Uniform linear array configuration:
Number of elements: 32
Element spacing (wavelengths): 0.75
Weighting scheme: exponential
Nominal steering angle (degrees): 0
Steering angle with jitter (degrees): -0.773
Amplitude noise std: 0.05
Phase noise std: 0.05

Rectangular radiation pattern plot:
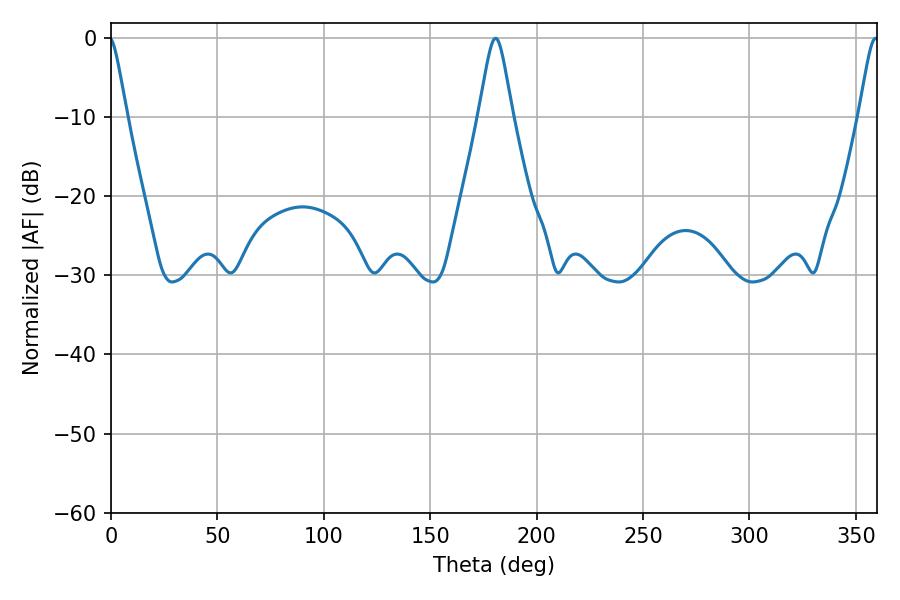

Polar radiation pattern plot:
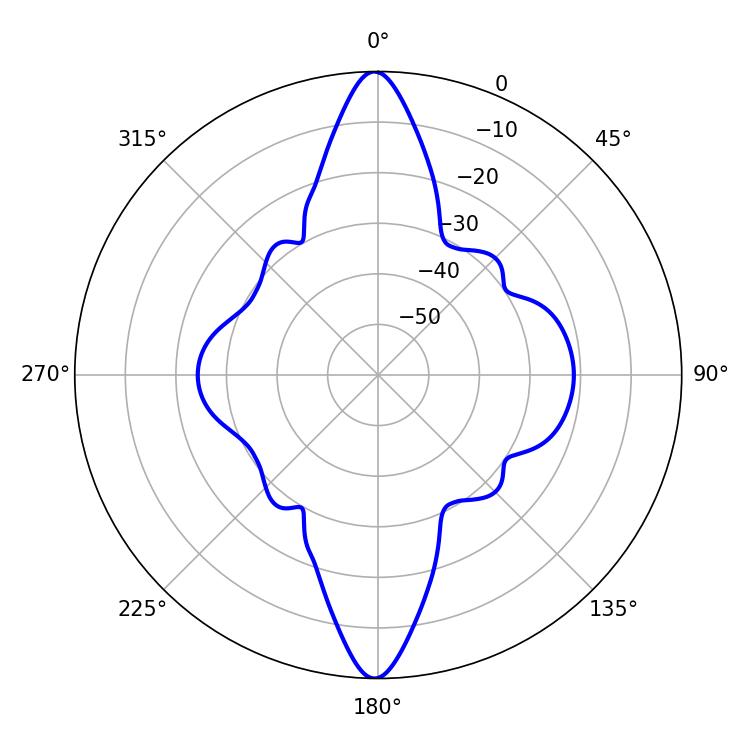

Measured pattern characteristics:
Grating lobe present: TRUE
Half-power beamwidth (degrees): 7.56
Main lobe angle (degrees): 180.72